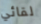
لقائي